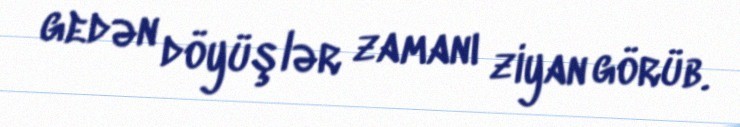
gedən döyüşlər zamanı ziyan görüb.